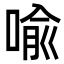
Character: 喩